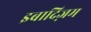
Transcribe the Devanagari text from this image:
इबादिज़म